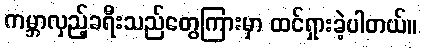
ကမ္ဘာလှည့်ခရီးသည်တွေကြားမှာ ထင်ရှားခဲ့ပါတယ်။